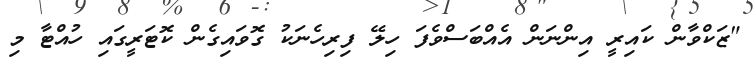
"ޒަކްވާން ކައިރީ އިންނަން އެއްބަސްވެފަ ހިލޭ ފިރިހެނަކު ގޮވައިގެން ކޮޓަރީގައި ހުއްޓާ މި